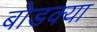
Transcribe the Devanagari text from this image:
बोडक्या